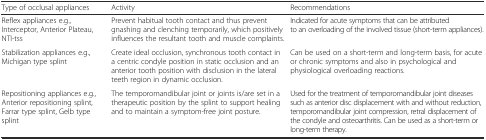
| Type of occlusal appliances | Activity | Recommendations |
 | --- | --- | --- |
 | Reflex appliances e.g., Interceptor, Anterior Plateau, NTI-tss | Prevent habitual tooth contact and thus prevent gnashing and clenching temporarily, which positively influences the resultant tooth and muscle complaints. | Indicated for acute symptoms that can be attributed to an overloading of the involved tissue (short-term appliances). |
 | Stabilization appliances e.g., Michigan type splint | Create ideal occlusion, synchronous tooth contact in a centric condyle position in static occlusion and an anterior tooth position with disclusion in the lateral teeth region in dynamic occlusion. | Can be used on a short-term and long-term basis, for acute or chronic symptoms and also in psychological and physiological overloading reactions. |
 | Repositioning appliances e.g., Anterior repositioning splint, Farrar type splint, Gelb type splint | The temporomandibular joint or joints is/are set in a therapeutic position by the splint to support healing and to maintain a symptom-free joint posture. | Used for the treatment of temporomandibular joint diseases such as anterior disc displacement with and without reduction, temporomandibular joint compression, retral displacement of the condyle and osteoarthritis. Can be used as a short-term or long-term therapy. |